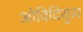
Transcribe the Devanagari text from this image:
ओविदियुस